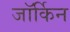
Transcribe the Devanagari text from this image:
जॉर्किन